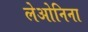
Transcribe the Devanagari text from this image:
लेओनिना